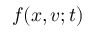
f ( \boldsymbol { x } , \boldsymbol { v } ; t )